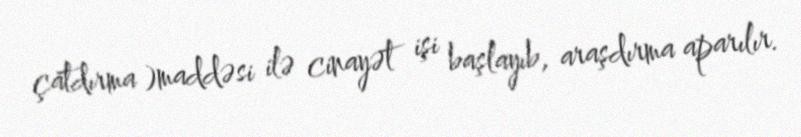
çatdırma )maddəsi ilə cinayət işi başlayıb, araşdırma aparılır.